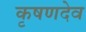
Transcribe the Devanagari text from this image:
कृषणदेव